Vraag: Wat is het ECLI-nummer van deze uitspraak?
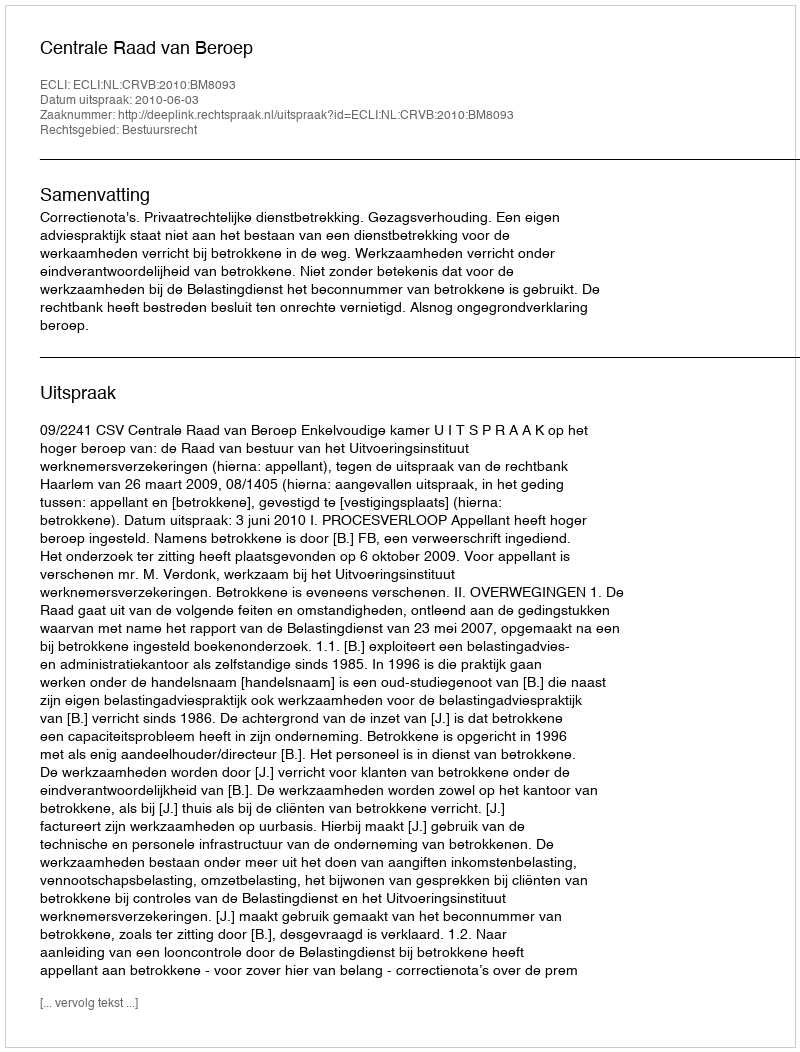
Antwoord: ECLI:NL:CRVB:2010:BM8093